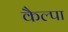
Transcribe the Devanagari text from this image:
कैल्पा